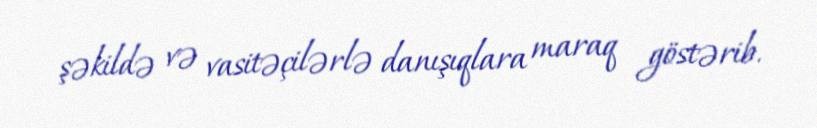
şəkildə və vasitəçilərlə danışıqlara maraq göstərib.